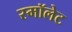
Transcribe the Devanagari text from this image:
स्मॉलेट